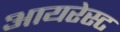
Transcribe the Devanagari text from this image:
आयरेस्ट